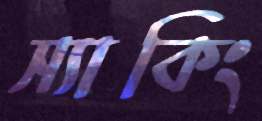
স্যাকিং